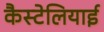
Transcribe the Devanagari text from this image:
कैस्टेलियाई